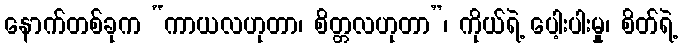
နောက်တစ်ခုက “ကာယလဟုတာ၊ စိတ္တလဟုတာ”၊ ကိုယ်ရဲ့ ပေါ့းပါးမှု၊ စိတ်ရဲ့